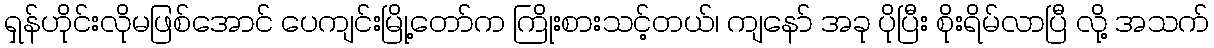
ရှန်ဟိုင်းလိုမဖြစ်အောင် ပေကျင်းမြို့တော်က ကြိုးစားသင့်တယ်၊ ကျနော် အခု ပိုပြီး စိုးရိမ်လာပြီ လို့ အသက်